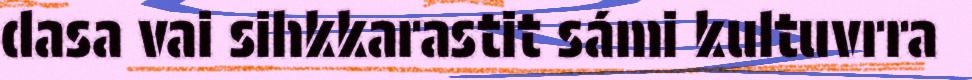
dasa vai sihkkarastit sámi kultuvrra